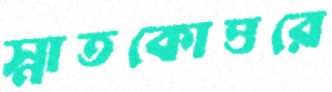
স্নাতকোত্তরে